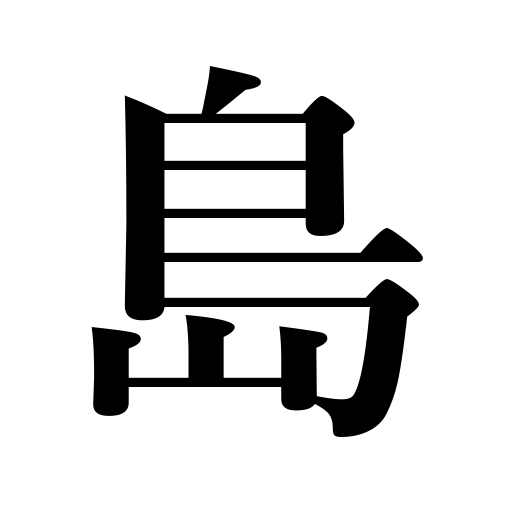
Meanings: island